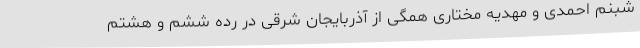
شبنم احمدی و مهدیه مختاری همگی از آذربایجان شرقی در رده ششم و هشتم